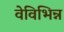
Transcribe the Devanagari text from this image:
वेविभिन्न